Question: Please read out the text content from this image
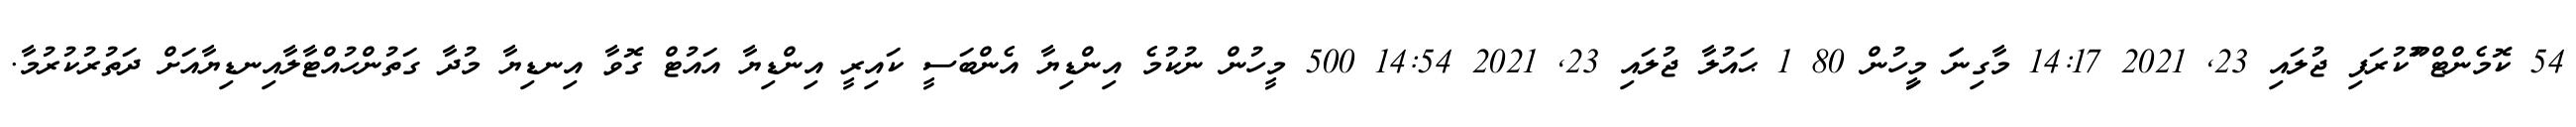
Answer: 54 ކޮމެންޓް ޫުކުރަފި ޖުލައި 23, 2021 14:17 މާގިނަަަ މިިީހުން 80 1 ޙައުލާ ޖުލައި 23, 2021 14:54 500 މީހުން ނުކުމެ އިންޑިޔާ އެންބަސީ ކައިރީ އިންޑިޔާ އައުޓް ގޮވާ އިނޑިޔާ މުދާ ގަތުންހުއްޓާލާއިނޑިޔާއަށް ދަތުރުކުރުމާ.